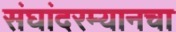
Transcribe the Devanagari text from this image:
संघांदरम्यानचा